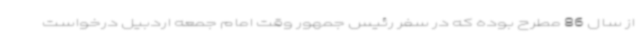
از سال 86 مطرح بوده که در سفر رئیس جمهور وقت امام جمعه اردبیل درخواست